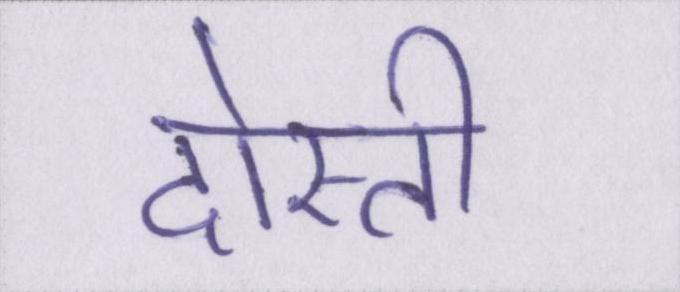
दोस्ती